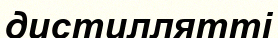
дистиллятті